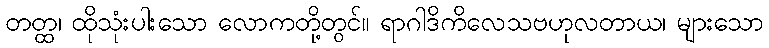
တတ္ထ၊ ထိုသုံးပါးသော လောကတို့တွင်။ ရာဂါဒိကိလေသဗဟုလတာယ၊ များသော